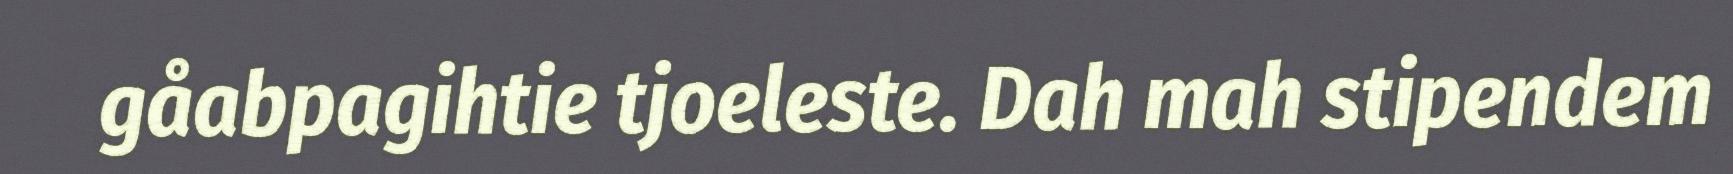
gåabpagihtie tjoeleste. Dah mah stipendem